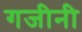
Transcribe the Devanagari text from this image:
गजीनी